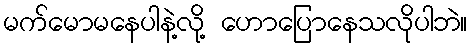
မက်မောမနေပါနဲ့လို့ ဟောပြောနေသလိုပါဘဲ။